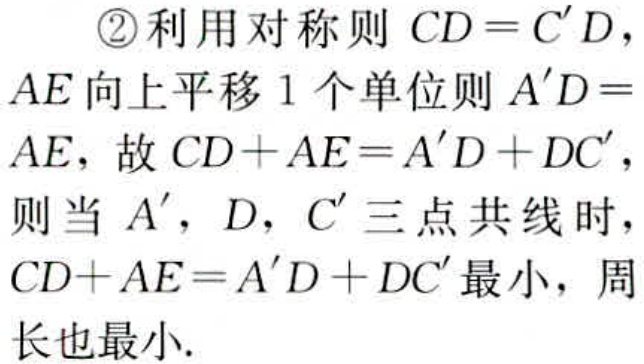
\textcircled{2}利用对称则 \(CD = C'D\)，
\(AE\)向上平移 \(1\) 个单位则 \(A'D = AE\)，故 \(CD + AE=A'D + DC'\)，
则当 \(A'\)，\(D\)，\(C'\) 三点共线时，
\(CD + AE = A'D + DC'\) 最小，周长也最小.